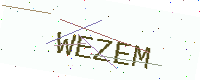
Text: WEZEM